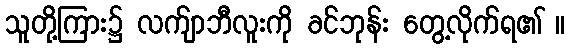
သူတို့ကြား၌ လက်ျာဘီလူးကို ခင်ဘုန်း တွေ့လိုက်ရ၏ ။